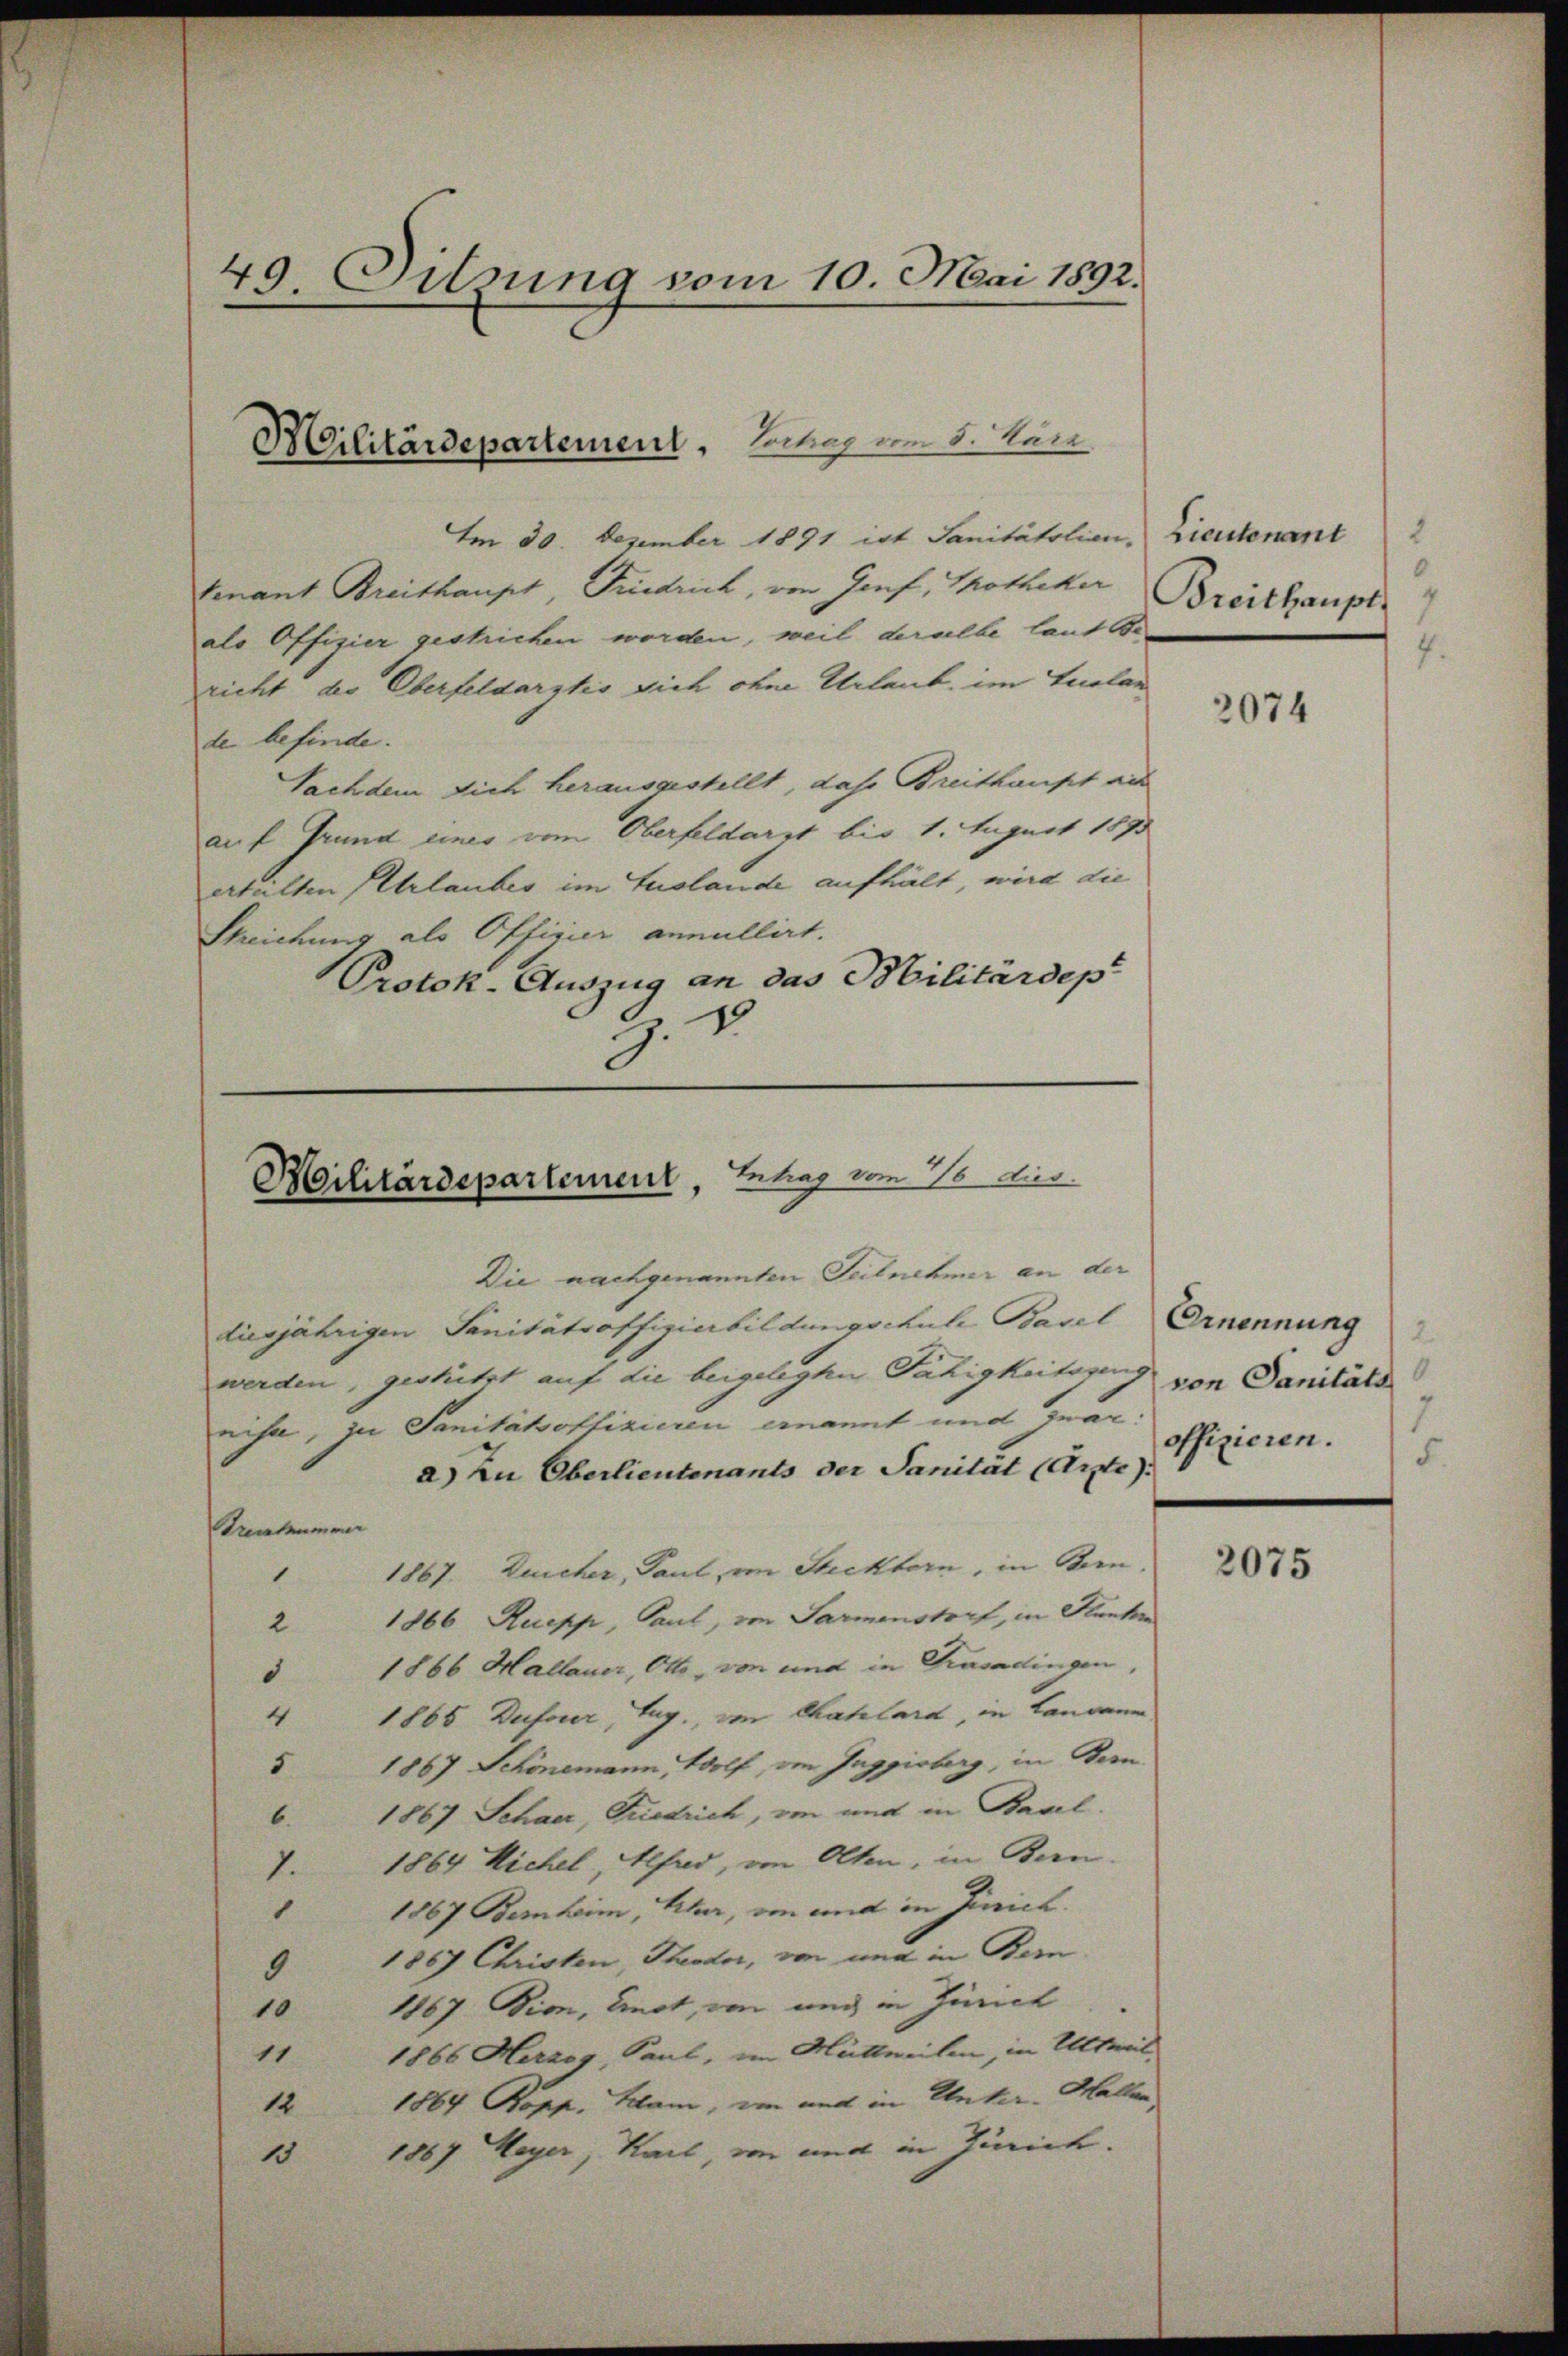
49 Eitzing vom 10. Mai 1892.

Im 30. Dezember 1891 ist Sanitätslian-
tenant Breithaupt, Friedrich, von Genf, Thotheker
als Offizier gestrichen worden, weil deralle laut Bericht der Oberfeldarztes sich ohne Urlaub, im Auslan
de befinde.
Sachdem sich herausgestellt, das Breithaupt aus
auf Grund eines vom Oberfeldarst bis 1. August 1895
erhalten Urlaubes im Auslande aufhält, wird die
Streichung als Offizier annullirt.
Protok-Auszug an das Militärdep
19
Die nachgenannten Teilnehmer an der
diesjährigen Sanitätsoffizierbildungschuhe Basel Ernennung
werden, gestützt auf die beigelegten Fähigkeitagung von Sanitäts
nist, zu Sanitätsoffizieren ernannt und zwar:
a) Zu Oberlieutenants der Sanität (Arte).
Kentumser
1867. Zeicher, Paul, von Steckborn, in Bern.
1
2 1866 Auepp, Paul, von Sarmenstorf, in Kunker
 1866 Hallauer, Otto, von und in Trasadingen,
4 1865 Dufour, Tag, von Chahlard, in Landann,
1867 Schönemann, Wolf, von Inggisberg, in Bern.
5
61867 Schaar, Friedrich, von und in Basel.
7. 1864 Kichel, Alfad, von Olten, in Bern.
" 1867 Bernheim, Scher, von und in Zürich.
1867 Christen, Theodor, von und in Bern.
9
10 1867 Bion, Enot, von und in Zürich
11 1866 Herzog, Paul, im Mittweilen, in Altweil
1864 Rapp. Klam, um mit in Unter-Hallen,
12
1867 Meyer, Karl, von und in Zürich.
15

Bilitärdepartement, Vortrag vom 8. Juni

Militärdepartement, Betrag vom 10. dies

1
Lieutenant
Breithaupts
2
4.

2074

offizieren.
5.

2075